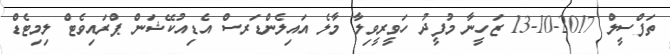
ތަފްސީލް 2017-10-13 ޒަހީނާ މުފީދު ހަވީރީވިލާ މާލެ އައިލެންޑަރސް އެޑިއުކޭޝަން ޕްރައިވެޓް ލިމިޓެޑް